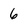
Character: 6